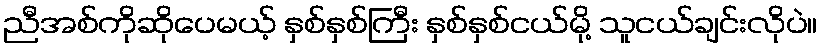
ညီအစ်ကိုဆိုပေမယ့် နှစ်နှစ်ကြီး နှစ်နှစ်ငယ်မို့ သူငယ်ချင်းလိုပဲ။